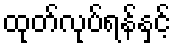
ထုတ်လုပ်ရန်နှင့်